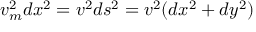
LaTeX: v _ { m } ^ { 2 } d x ^ { 2 } = v ^ { 2 } d s ^ { 2 } = v ^ { 2 } ( d x ^ { 2 } + d y ^ { 2 } )